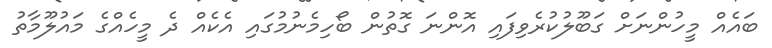
ބައެއް މީހުންނަށް ގަބޫލުކުރެވިފައި އޮންނަ ގޮތުން ބޯހިމެނުމުގައި އެކެއް ދެ މީހެއްގެ މައުލޫމާތު